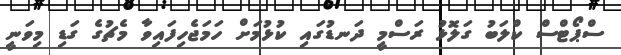
ސްޕޯޓްސް ކްލަބު ގަލޮޅު ރަސްމީ ދަނޑުގައި ކުޅުމަށް ހަމަޖެހިފައިވާ މެޗުގެ ގަޑި މިވަނީ